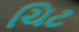
ચિટ